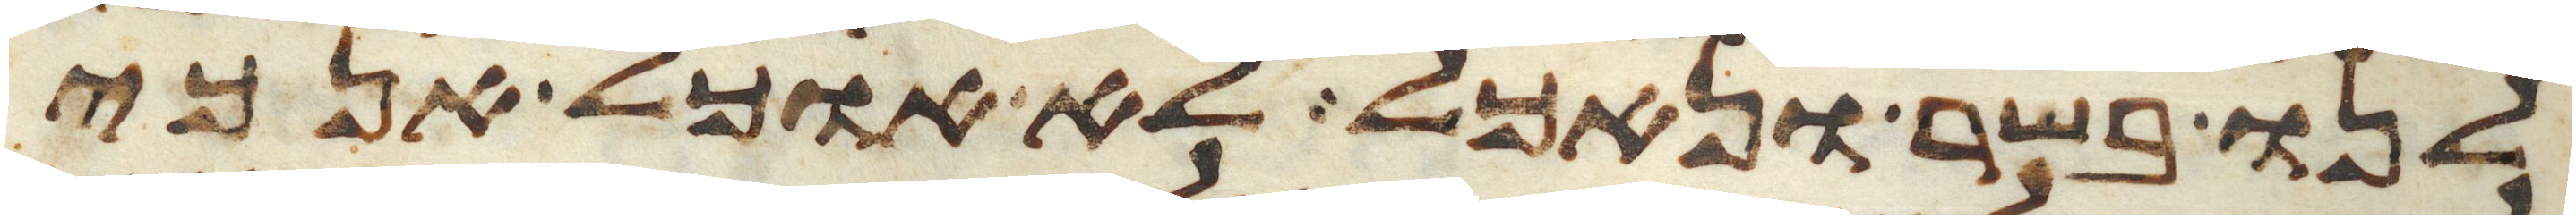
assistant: לנו בשר ונאכל לא אוכל אנכי